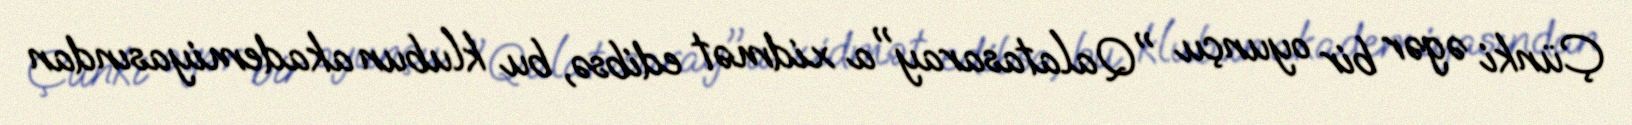
Çünki əgər bir oyunçu "Qalatasaray"a xidmət edibsə, bu klubun akademiyasından